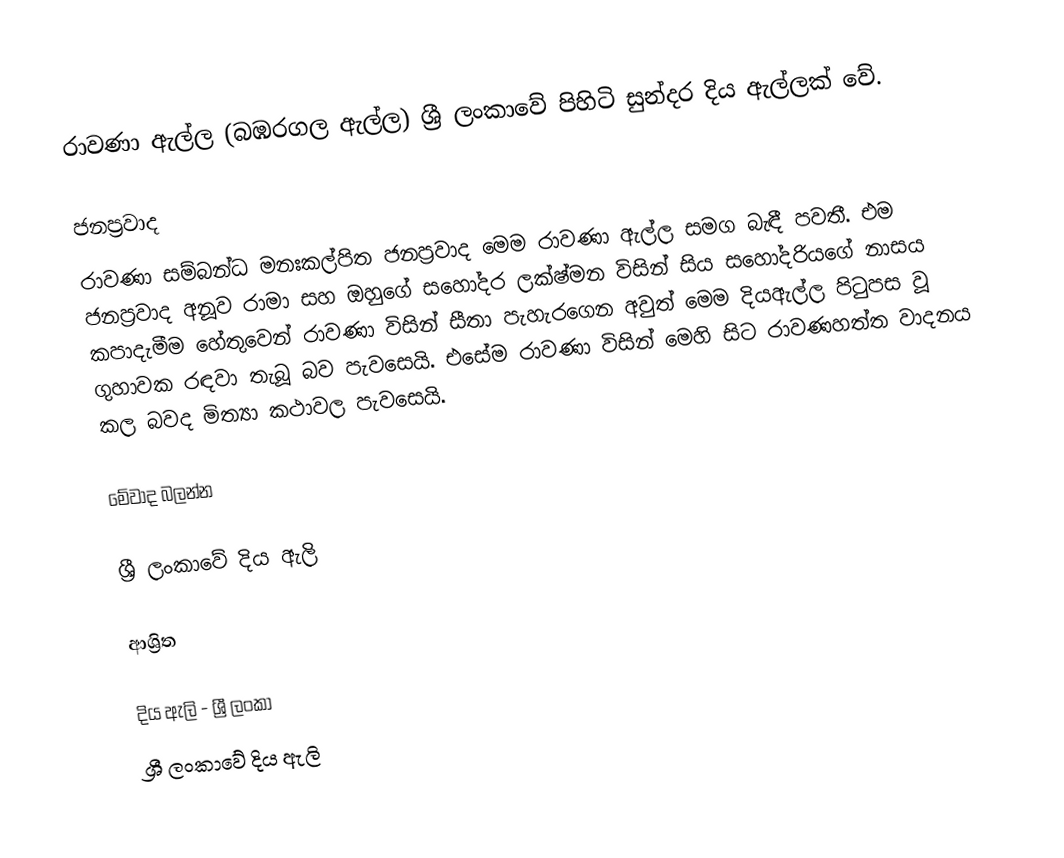
රාවණා ඇල්ල (බඹරගල ඇල්ල) ශ්‍රී ලංකාවේ  පිහිටි සුන්දර දිය ඇල්ලක් වේ.

ජනප්‍රවාද
රාවණා  සම්බන්ධ මනඃකල්පිත  ජනප්‍රවාද මෙම රාවණා ඇල්ල සමග බැඳී පවතී. එම ජනප්‍රවාද අනූව රාමා සහ ඔහුගේ සහෝදර ලක්ෂ්මන විසින් සිය සහෝදරියගේ නාසය කපාදැමීම හේතුවෙන් රාවණා විසින් සීතා  පැහැරගෙන අවුත් මෙම දියඇල්ල පිටුපස වූ ගුහාවක රඳවා තැබූ බව පැවසෙයි. එසේම රාවණා විසින් මෙහි සිට රාවණහත්ත වාදනය කල බවද මිත්‍යා කථාවල පැවසෙයි.

මේවාද බලන්න

 ශ්‍රී ලංකාවේ දිය ඇලි

ආශ්‍රිත

දිය ඇලි - ශ්‍රී ලංකා
ශ්‍රී ලංකාවේ දිය ඇලි